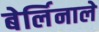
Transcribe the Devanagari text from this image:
बेर्लिनाले